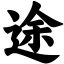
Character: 途